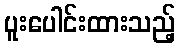
ပူးပေါင်းထားသည့်